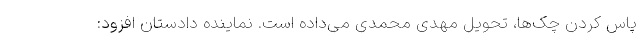
پاس کردن چک‌ها، تحویل مهدی محمدی می‌داده است. نماینده دادستان افزود: